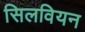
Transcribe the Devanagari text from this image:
सिलवियन